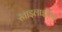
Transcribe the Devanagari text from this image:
स्ताइलाइतिस्